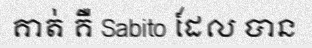
គាត់ គឺ Sabito ដែល បាន